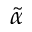
\tilde { \alpha }